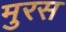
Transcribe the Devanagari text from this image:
मुरस